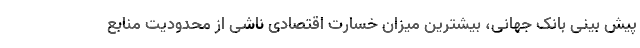
پیش بینی بانک جهانی، بیشترین میزان خسارت اقتصادی ناشی از محدودیت منابع